Leaving Certificate Examination (including Day School Certificate (Higher) General paper), 1933
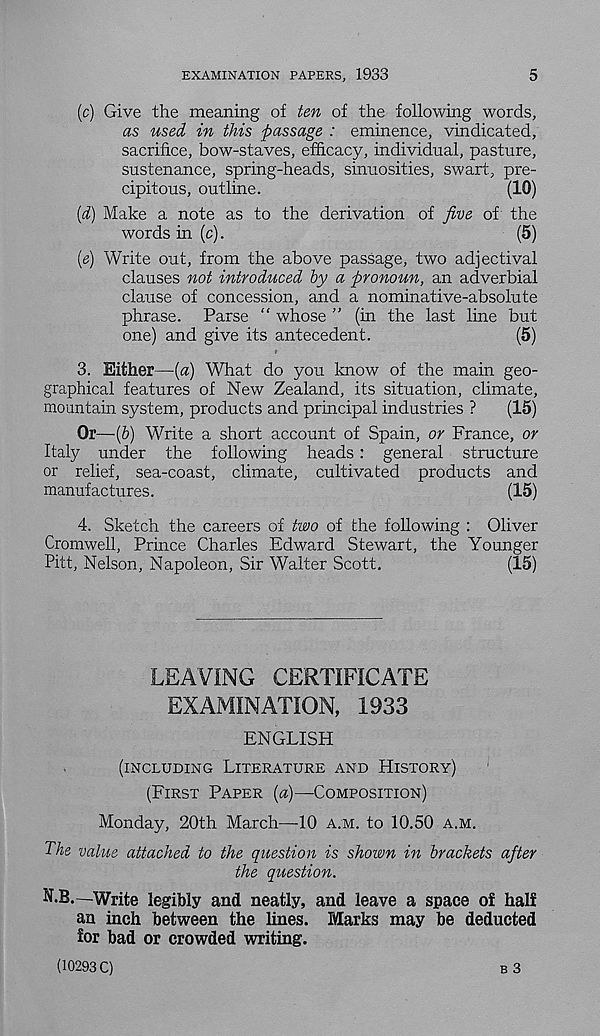
EXAMINATION PAPERS, 1933
5
(c) Give the meaning of ten of the following words,
as used in this passage : eminence, vindicated,
sacrifice, bow-staves, efficacy, individual, pasture,
sustenance, spring-heads, sinuosities, swart, pre-
cipitous, outline.
(10)
{d) Make a note as to the derivation of five of the
words in (c).
(5)
(e) Write out, from the above passage, two adjectival
clauses not introduced by a pronoun, an adverbial
clause of concession, and a nominative-absolute
phrase. Parse “ whose ” (in the last line but
one) and give its antecedent.
(5)
3. Either—[a) What do you know of the main geo-
graphical features of New Zealand, its situation, climate,
mountain system, products and principal industries ?
(15)
Or—(&) Write a short account of Spain, or France, or
Italy under the following heads: general structure
or relief, sea-coast, climate, cultivated products and
manufactures.
(15)
4. Sketch the careers of two of the following : Oliver
Cromwell, Prince Charles Edward Stewart, the Younger
Pitt, Nelson, Napoleon, Sir Walter Scott.
(15)
LEAVING CERTIFICATE
EXAMINATION, 1933
ENGLISH
(INCLUDING LITERATURE AND HISTORY)
(FIRST PAPER (a)—COMPOSITION)
Monday, 20th March—10 A.M. to 10.50 A.M.
The value attached to the question is shown in brackets after
the question.
NIB.—Write legibly and neatly, and leave a space of half
an inch between the lines. Marks may be deducted
for bad or crowded writing.
(10293 C)
B 3